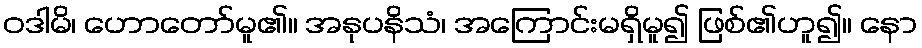
ဝဒါမိ၊ ဟောတော်မူ၏။ အနုပနိသံ၊ အကြောင်းမရှိမူ၍ ဖြစ်၏ဟူ၍။ နော